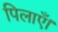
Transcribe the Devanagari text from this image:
पिलाएँ।